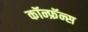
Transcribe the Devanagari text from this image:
कॉन्फ्रॅन्स